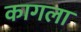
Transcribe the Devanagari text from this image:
कागला